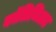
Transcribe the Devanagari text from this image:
कॉलिजिअट